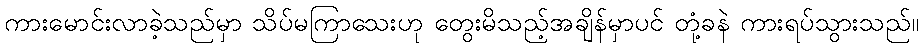
ကားမောင်းလာခဲ့သည်မှာ သိပ်မကြာသေးဟု တွေးမိသည့်အချိန်မှာပင် တုံ့ခနဲ ကားရပ်သွားသည်။